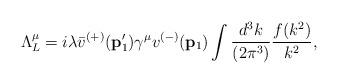
LaTeX: \begin{align*}\Lambda^{\mu}_{L}=i\lambda\bar v^{(+)}({\bf p}_{1}^{\prime})\gamma^{\mu}v^{(-)}({\bf p}_{1})\int\frac{d^{3}k}{(2\pi^{3})}\frac{f(k^{2})}{k^2},\end{align*}